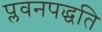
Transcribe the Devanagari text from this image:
प्लवनपद्धति